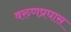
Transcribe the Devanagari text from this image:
वरुणप्रघास